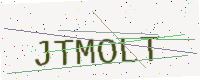
Text: JTMOLT